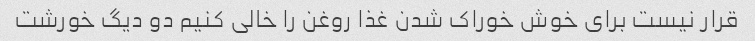
قرار نیست برای خوش خوراک شدن غذا روغن را خالی کنیم دو دیگ خورشت